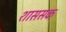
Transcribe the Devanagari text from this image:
शाससक